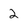
Character: 2